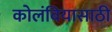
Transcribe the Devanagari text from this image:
कोलंबियासाठी